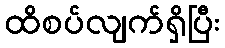
ထိစပ်လျက်ရှိပြီး